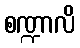
စဏ္ဍာလိ